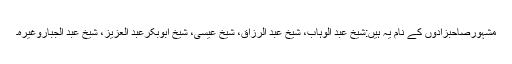
مشہورصاحبزادوں کے نام یہ ہیں:شیخ عبد الوہاب، شیخ عبد الرزاق، شیخ عیسیٰ، شیخ ابوبکرعبد العزیز، شیخ عبد الجباروغیرہ۔